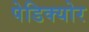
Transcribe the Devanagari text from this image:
पेडिक्‍योर